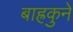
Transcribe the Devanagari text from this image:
बाह्रकुने